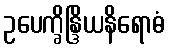
ဥပေက္ခိန္ဒြိယနိရောဓံ